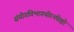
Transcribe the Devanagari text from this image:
संयोगविभागयोरनपेक्षो